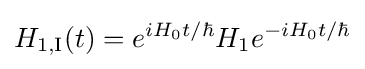
{\displaystyle H_{1,{\text{I}}}(t)=e^{iH_{0}t/\hbar }H_{1}e^{-iH_{0}t/\hbar }}